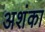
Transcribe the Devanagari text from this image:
अशंका